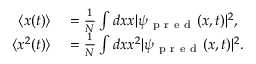
\begin{array} { r l } { \langle x ( t ) \rangle } & { { } = { \frac { 1 } { N } \int d x x | \psi _ { \mathrm { ~ p ~ r ~ e ~ d ~ } } ( x , t ) | ^ { 2 } } , } \\ { \langle x ^ { 2 } ( t ) \rangle } & { { } = { \frac { 1 } { N } \int d x x ^ { 2 } | \psi _ { \mathrm { ~ p ~ r ~ e ~ d ~ } } ( x , t ) | ^ { 2 } } . } \end{array}